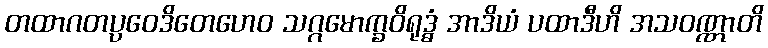
တထာဂတပ္ပဝေဒိတေဟေဝ သဂ္ဂမောက္ခဝိရုဒ္ဓံ အာဒိယံ ပထာဒီဟိ အသဝဏ္ဏာတိ